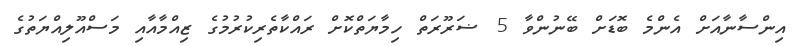
އިންސާނާއަށް އެންމެ ބޮޑަށް ބޭނުންވާ 5 ޟަރޫރަތް ހިމާޔަތްކޮށް ރައްކާތެރިކުރުމުގެ ޒިއްމާއާއި މަސްއޫލިއްޔަތުގެ